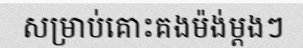
សម្រាប់គោះគងម៉ង់ម្តងៗ